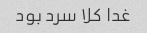
غدا کلا سرد بود